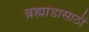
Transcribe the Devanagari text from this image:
ब्रह्मांडासाठी